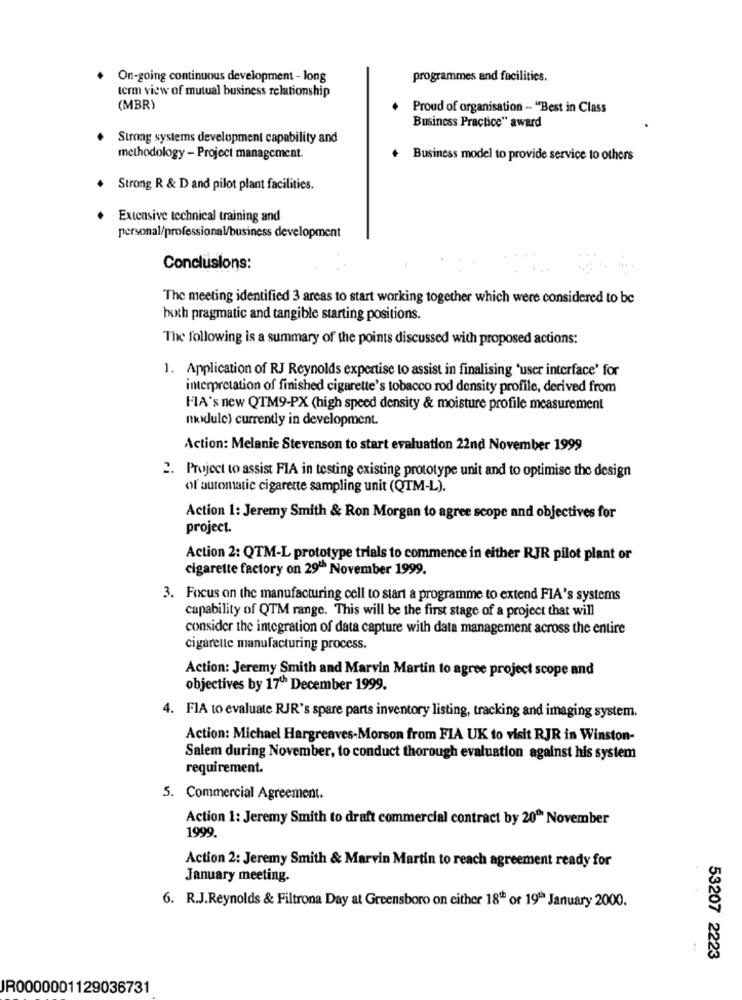
On-going continuous development - long
programmes and facilities.
term view of mutual business relationship
(MBR)
Proud of organisation - "Best in Class
Business Practice" award
Strong systems development capability and
methodology - Project management.
. Business model to provide service to others
. Strong R & D and pilot plant facilities.
Extensive technical training and
personal/professional/business development
Conclusions:
The meeting identified 3 areas to start working together which were considered to be
hoth pragmatic and tangible starting positions.
The following is a summary of the points discussed with proposed actions:
1. Application of RJ Reynolds expertise to assist in finalising 'user interface' for
interpretation of finished cigarette's tobacco rod density profile, derived from
FIA's new QTM9-PX (high speed density & moisture profile measurement
nRxdJule) currently in development.
Action: Melanie Stevenson to start evaluation 22nd November 1999
2. Project to assist FIA in testing existing prototype unit and to optimise the design
of automatic cigarette sampling unit (QTM-L).
Action 1: Jeremy Smith & Ron Morgan to agree scope and objectives for
project.
Action 2: QTM-L prototype trials to commence in either RJR pilot plant or
cigarette factory on 29" November 1999.
3. Focus on the manufacturing cell to start a programme to extend FIA's systems
capability of QTM range. This will be the first stage of a project that will
consider the integration of data capture with data management across the entire
cigarette manufacturing process.
Action: Jeremy Smith and Marvin Martin to agree project scope and
objectives by 17th December 1999.
4. FIA to evaluate RJR's spare parts inventory listing, tracking and imaging system.
Action: Michael Hargreaves-Morson from FIA UK to visit RJR in Winston-
Salem during November, to conduct thorough evaluation against his system
requirement.
5. Commercial Agreement.
Action 1: Jeremy Smith to draft commercial contract by 20" November
1999.
Action 2: Jeremy Smith & Marvin Martin to reach agreement ready for
January meeting.
6. R.J.Reynolds & Filtrona Day at Greensboro on either 18" or 19" January 2000.
53207 2223
JR0000001129036731